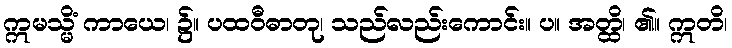
ဣမသ္မိံ ကာယေ၊ ၌။ ပထဝီဓာတု၊ သည်လည်းကောင်း။ ပ။ အတ္ထိ၊ ၏။ ဣတိ၊